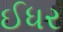
ઈધર